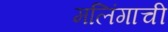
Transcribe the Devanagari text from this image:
मलिंगाची